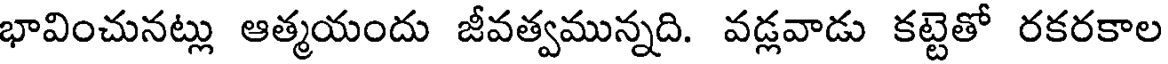
భావించునట్లు ఆత్మయందు జీవత్వమున్నది. వడ్లవాడు కట్టెతో రకరకాల